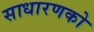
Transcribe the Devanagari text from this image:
साधारणको